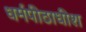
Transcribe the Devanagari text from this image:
धर्मपीठाधीश